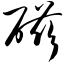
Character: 磁